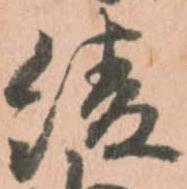
綾